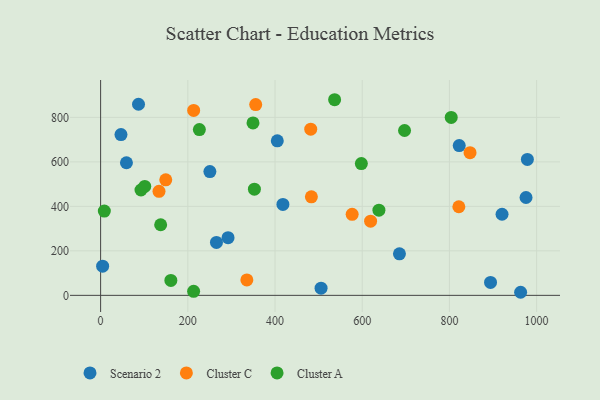
{"axis": {"x": "Engine Size", "y": "Exam Score"}, "legend": ["Cluster A", "Cluster C", "Scenario 2"], "data": [{"x": "292.3", "y": 259.1, "type": "Scenario 2"}, {"x": "265.7", "y": 237.8, "type": "Scenario 2"}, {"x": "59.2", "y": 596.1, "type": "Scenario 2"}, {"x": "975.7", "y": 439.9, "type": "Scenario 2"}, {"x": "418.1", "y": 408.6, "type": "Scenario 2"}, {"x": "505.6", "y": 32.4, "type": "Scenario 2"}, {"x": "86.9", "y": 858.9, "type": "Scenario 2"}, {"x": "4.6", "y": 131.0, "type": "Scenario 2"}, {"x": "250.6", "y": 556.3, "type": "Scenario 2"}, {"x": "920.7", "y": 364.5, "type": "Scenario 2"}, {"x": "978.8", "y": 611.0, "type": "Scenario 2"}, {"x": "685.4", "y": 186.7, "type": "Scenario 2"}, {"x": "894.3", "y": 57.9, "type": "Scenario 2"}, {"x": "405.2", "y": 694.6, "type": "Scenario 2"}, {"x": "822.5", "y": 673.2, "type": "Scenario 2"}, {"x": "963.3", "y": 13.8, "type": "Scenario 2"}, {"x": "46.7", "y": 722.6, "type": "Scenario 2"}, {"x": "133.9", "y": 467.4, "type": "Cluster C"}, {"x": "619.2", "y": 333.6, "type": "Cluster C"}, {"x": "576.9", "y": 364.0, "type": "Cluster C"}, {"x": "483.4", "y": 442.7, "type": "Cluster C"}, {"x": "335.4", "y": 69.1, "type": "Cluster C"}, {"x": "213.4", "y": 831.1, "type": "Cluster C"}, {"x": "481.9", "y": 747.1, "type": "Cluster C"}, {"x": "847.3", "y": 641.1, "type": "Cluster C"}, {"x": "355.7", "y": 857.7, "type": "Cluster C"}, {"x": "149.4", "y": 519.3, "type": "Cluster C"}, {"x": "821.6", "y": 398.3, "type": "Cluster C"}, {"x": "92.6", "y": 473.5, "type": "Cluster A"}, {"x": "598.0", "y": 592.3, "type": "Cluster A"}, {"x": "213.3", "y": 18.1, "type": "Cluster A"}, {"x": "638.3", "y": 382.7, "type": "Cluster A"}, {"x": "536.7", "y": 879.3, "type": "Cluster A"}, {"x": "352.7", "y": 477.4, "type": "Cluster A"}, {"x": "804.1", "y": 799.8, "type": "Cluster A"}, {"x": "101.2", "y": 489.6, "type": "Cluster A"}, {"x": "349.5", "y": 774.9, "type": "Cluster A"}, {"x": "697.1", "y": 741.0, "type": "Cluster A"}, {"x": "137.7", "y": 317.4, "type": "Cluster A"}, {"x": "8.5", "y": 378.7, "type": "Cluster A"}, {"x": "226.5", "y": 745.2, "type": "Cluster A"}, {"x": "161.1", "y": 67.0, "type": "Cluster A"}]}